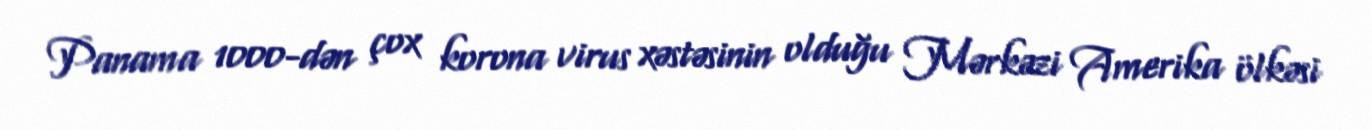
Panama 1000-dən çox korona virus xəstəsinin olduğu Mərkəzi Amerika ölkəsi